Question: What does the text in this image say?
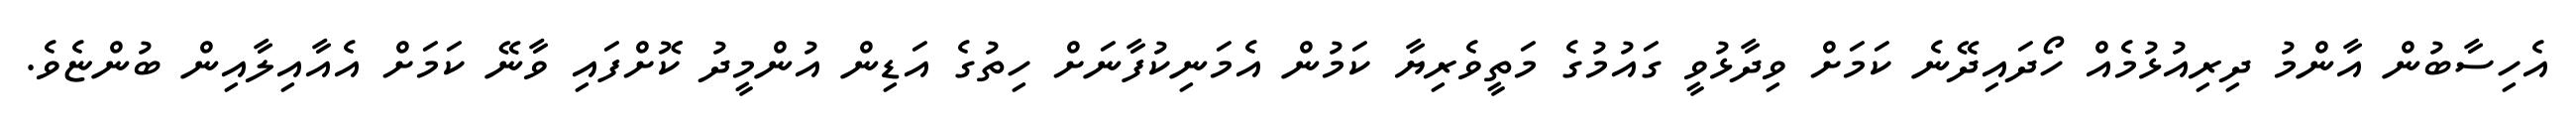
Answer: އެހިސާބުން އާންމު ދިރިއުޅުމެއް ހޯދައިދޭނެ ކަމަށް ވިދާޅުވީ ގައުމުގެ މަތީވެރިޔާ ކަމުން އެމަނިކުފާނަށް ހިތުގެ އަޑިން އުންމީދު ކޮށްފައި ވާނޭ ކަމަށް އެއާއިލާއިން ބުންޏެވެ.